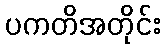
ပကတိအတိုင်း